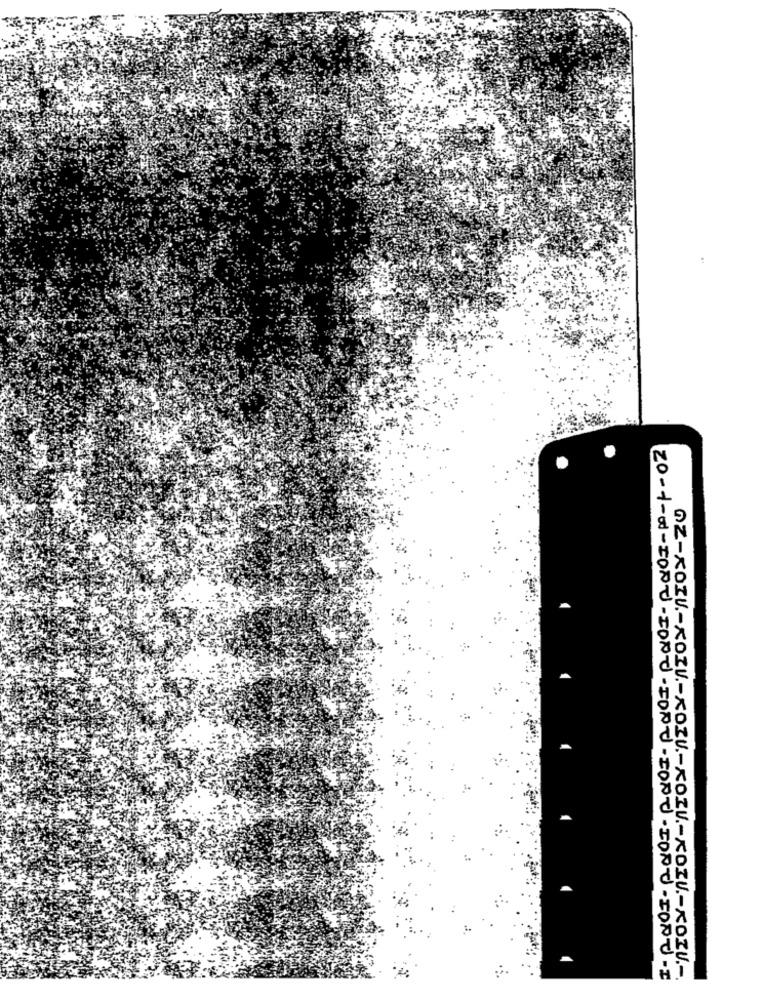
20 - +- w- FONT- FONT- FONT- FONT- FORT-FONT-I
OZ-KOZU .- KOZU .- KOZU .- KOZU .- KOZU .- KOZU .-.